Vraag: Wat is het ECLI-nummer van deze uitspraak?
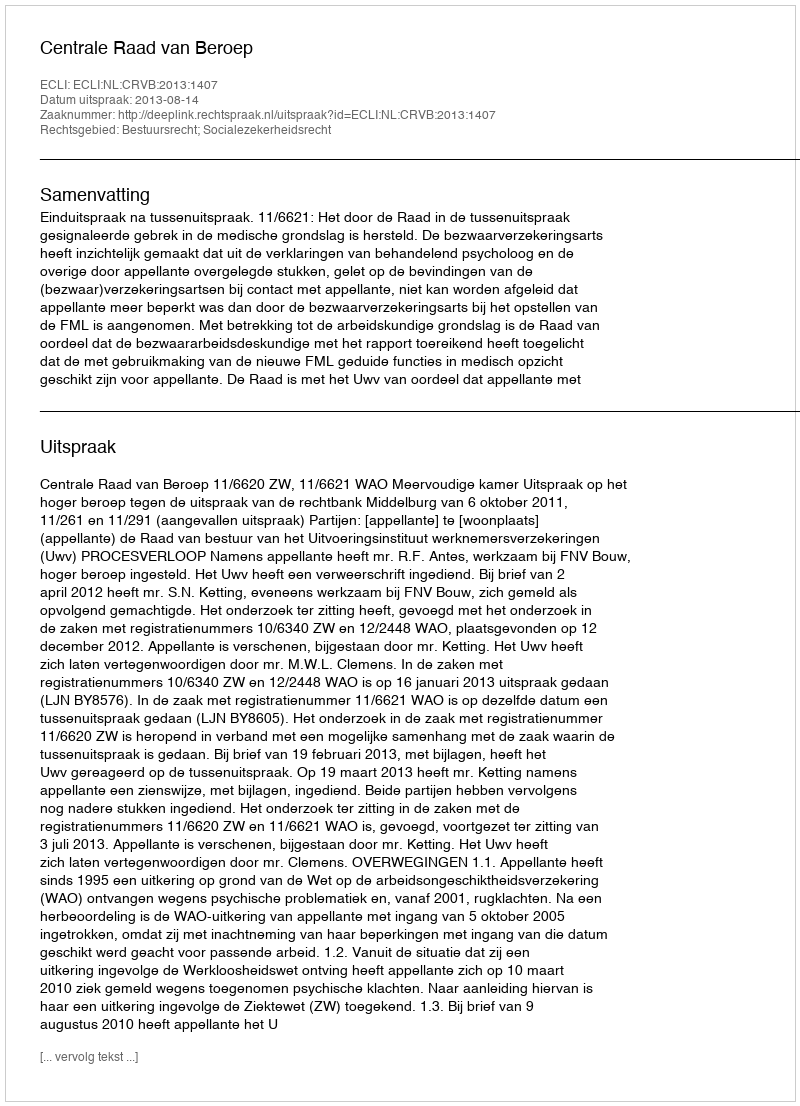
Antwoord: ECLI:NL:CRVB:2013:1407